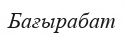
Бағырабат